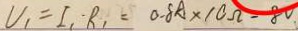
V _ { 1 } = I _ { 1 } \cdot R _ { 1 } = 0 . 8 A \times 1 0 \Omega = 8 0